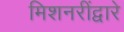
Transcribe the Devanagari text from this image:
मिशनरींद्वारे